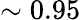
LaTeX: \sim 0.95